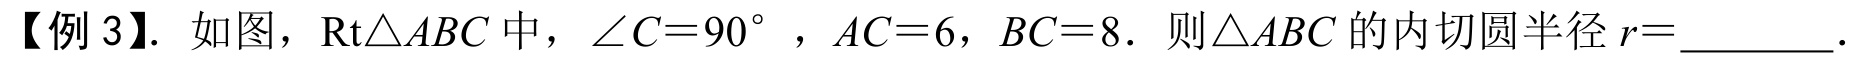
【例 3】. 如图，\(\text{Rt}\triangle ABC\) 中，\(\angle C = 90^{\circ}\)，\(AC = 6\)，\(BC = 8\)．则 \(\triangle ABC\) 的内切圆半径 \(r = \_\_\_\_\_\)．